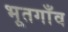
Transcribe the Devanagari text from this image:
भूतगाँव